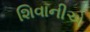
શિવાનીએ